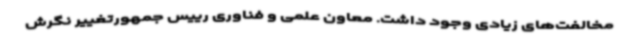
مخالفت‌های زیادی وجود داشت. معاون علمی و فناوری رییس جمهورتغییر نگرش